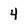
Character: 4